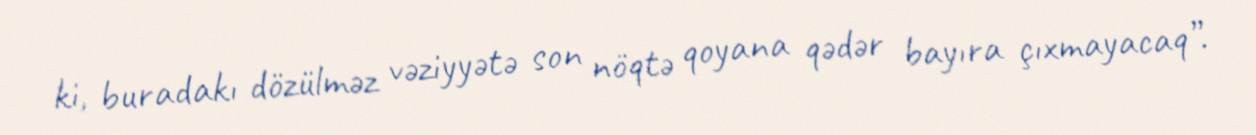
ki, buradakı dözülməz vəziyyətə son nöqtə qoyana qədər bayıra çıxmayacaq”.